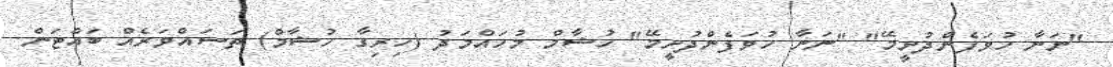
"ނަނާ ހުވަފެންދުށީމޭ" "ނަނާ ހުވަފެންދުށީމޭ" ހުޝާމް މުހައްމަދު (ހިރިގާ ހުޝާމް) ތަސައްވަރެއް ބައްޓަން